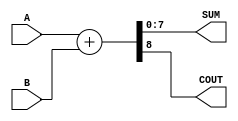
module ParametrizedAdder #(
    parameter WIDTH = 8  // You can change the bit-width by modifying this parameter
)(
    input  [WIDTH-1:0] A,    // First input
    input  [WIDTH-1:0] B,    // Second input
    output [WIDTH-1:0] SUM,   // Sum output
    output COUT               // Carry-out output
);

    // Perform the addition and assign the SUM and COUT
    assign {COUT, SUM} = A + B; // Concatenate carry-out with sum

endmodule